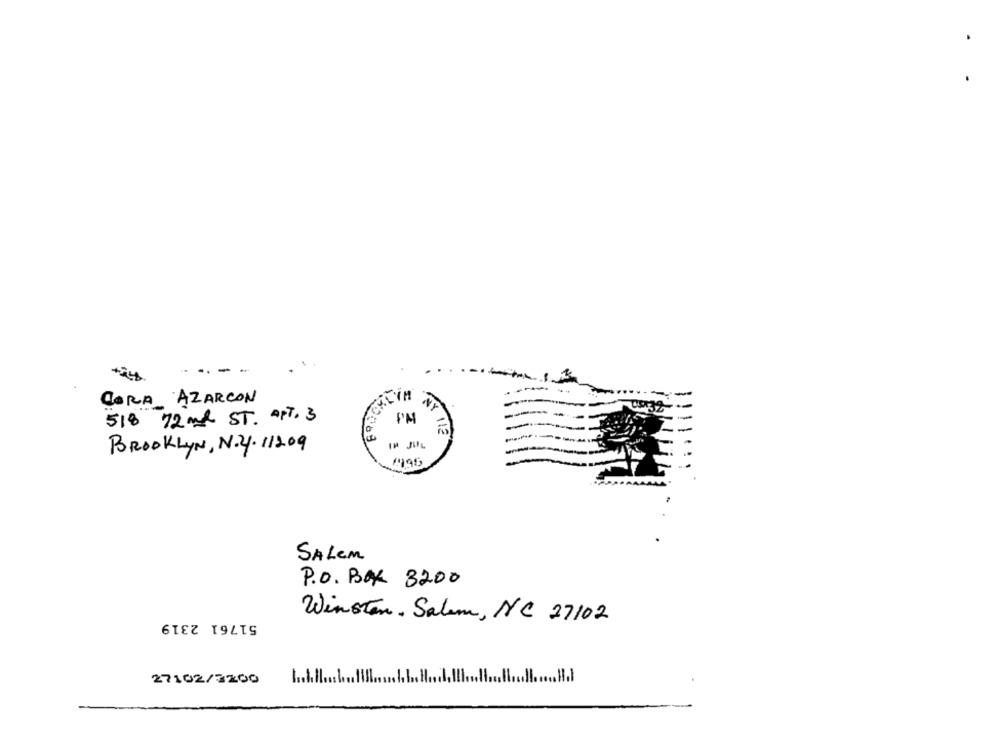
---- -
CORA AZARCON
KALYM
518 72 nd ST. APT. 3
PM
18 112
IP JUL
BROOKLYN, N.4. 11209
SALEM
P.O. BOX 3200
51761 2319
Winsten. Salem, NC 27102
27102/3200